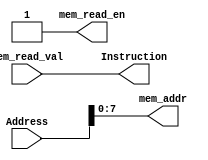
`ifndef __INSTRUCTIONMEMORY_V__
`define __INSTRUCTIONMEMORY_V__

module InstructionMemory # (
	parameter MEM_WIDTH = 32,
	parameter MEM_SIZE = 256
	)	(
	input wire [31:0] Address,
	output wire [31:0] Instruction,

	output wire [$clog2(MEM_SIZE)-1:0] mem_addr,
	output wire mem_read_en,
	input wire [MEM_WIDTH-1:0] mem_read_val
	);

	assign mem_addr = Address;
	assign mem_read_en = 1'b1;
	assign Instruction = mem_read_val;

endmodule

`endif /*__INSTRUCTIONMEMORY_V__*/